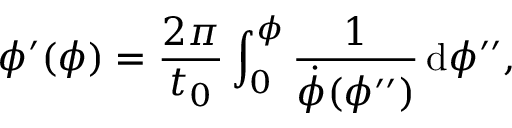
\phi ^ { \prime } ( \phi ) = \frac { 2 \pi } { t _ { 0 } } \int _ { 0 } ^ { \phi } \frac { 1 } { \dot { \phi } ( \phi ^ { \prime \prime } ) } \, \mathrm { d } \phi ^ { \prime \prime } ,